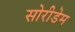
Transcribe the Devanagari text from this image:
सोरीडेम